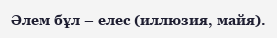
Әлем бұл – елес (иллюзия, майя).